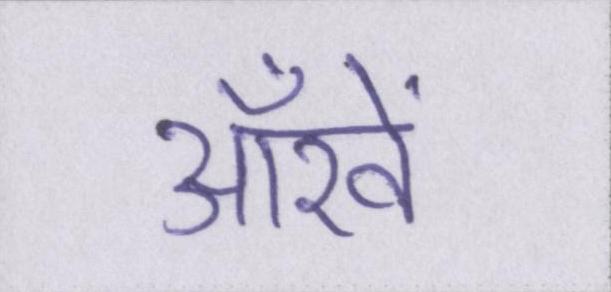
आँखें